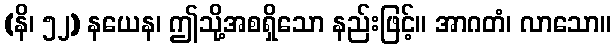
(နိ၊ ၅၂) နယေန၊ ဤသို့အစရှိသော နည်းဖြင့်။ အာဂတံ၊ လာသော။